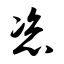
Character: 恣